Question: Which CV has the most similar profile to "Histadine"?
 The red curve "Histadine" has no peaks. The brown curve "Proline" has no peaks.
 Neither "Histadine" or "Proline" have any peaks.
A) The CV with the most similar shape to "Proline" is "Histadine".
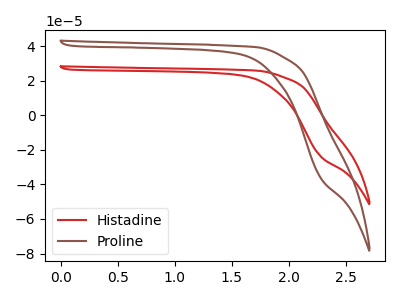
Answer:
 <answer>A) The CV with the most similar shape to "Proline" is "Histadine".</answer>
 <eval>A</eval>